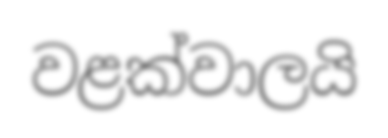
වළක්වාලයි